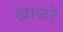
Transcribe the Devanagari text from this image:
खाफरे